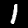
Label: 1